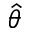
\hat { \theta }